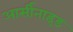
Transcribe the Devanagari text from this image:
आर्सीनाइड